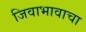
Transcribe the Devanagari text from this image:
जिवाभावाचा